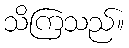
သိကြသည်။